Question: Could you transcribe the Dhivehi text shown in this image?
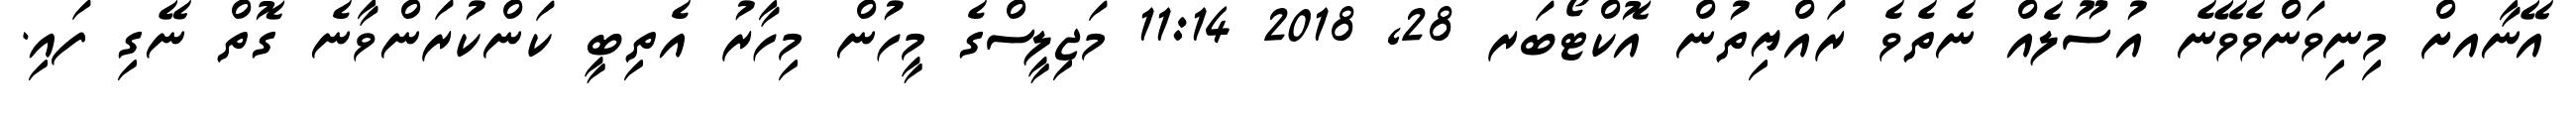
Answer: އޭނާއށް މިނިވަންވެވޭނެ އުސޫލެއް ނެތެވެ ރައްޔިތުން އޮކްޓޯބަރ 28, 2018 11:14 މަޖިލީސްގެ މީހުން މިހާރު އެތިބީ ކަންކުރަންވާނެ ގޮތް ނޭގި ފައި.